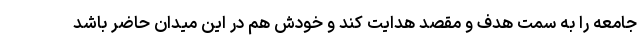
جامعه را به سمت هدف و مقصد هدایت کند و خودش هم در این میدان حاضر باشد